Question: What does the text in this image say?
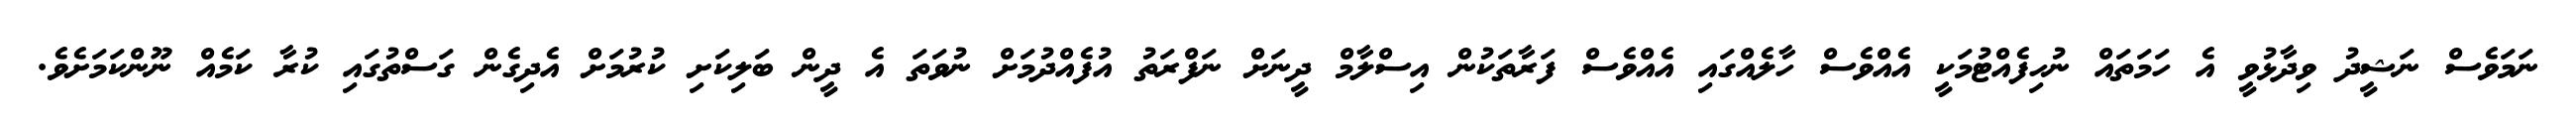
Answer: ނަމަވެސް ނަޝީދު ވިދާޅުވީ އެ ހަމަތައް ނުހިފެއްޓުމަކީ އެއްވެސް ހާލެއްގައި އެއްވެސް ފަރާތަކުން އިސްލާމް ދީނަށް ނަފްރަތު އުފެއްދުމަށް ނުވަތަ އެ ދީން ބަލިކަށި ކުރުމަށް އެދިގެން ގަސްތުގައި ކުރާ ކަމެއް ނޫންކަމަށެވެ.